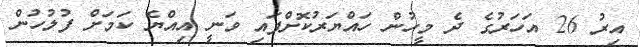
އިރު 26 އަހަރުގެ ދެ މީހުން ހައްޔަރުކޮށްފައި ވަނީ އިއްޔެ ކަމަށް ފުލުހުން